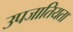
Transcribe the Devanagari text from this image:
उपजातियता